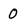
Character: 0